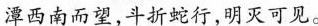
潭西南而望，斗折蛇行，明灭可见。